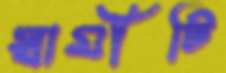
স্বামীটি